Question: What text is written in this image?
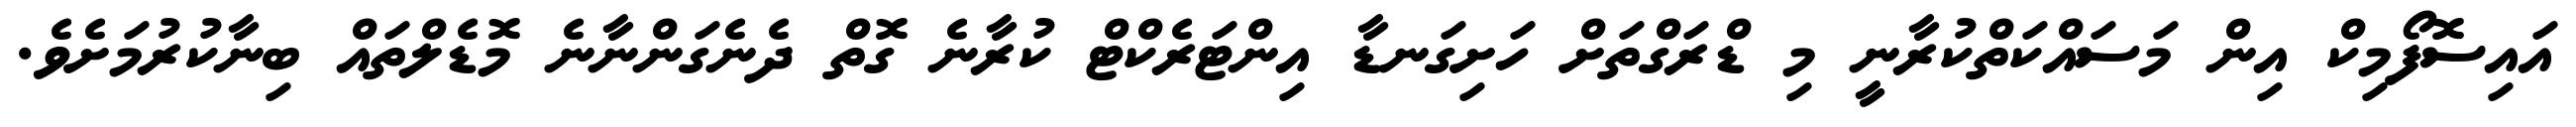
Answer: އައިސޮފޯމިކް އިން މަސައްކަތްކުރާނީ މި ޑްރަގްތަށް ހަށިގަނޑާ އިންޓަރެކްޓް ކުރާނެ ގޮތް ދެނެގަންނާނެ މޮޑެލްތައް ބިނާކުރުމަށެވެ.